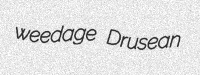
weedage Drusean